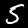
Digit: 5